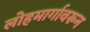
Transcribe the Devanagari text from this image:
लोहमार्गावरून